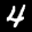
Label: 4